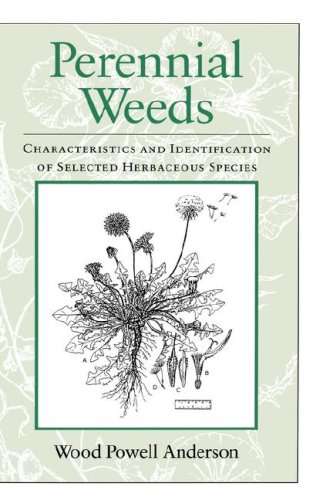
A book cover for Perennial Weeds: Characteristics and Identification of Selected Herbaceous Species; Wood Powell Anderson; Crafts, Hobbies & Home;